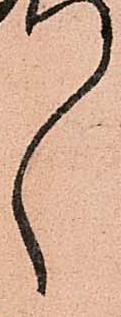
ゝ